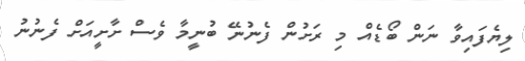
ލިޔެފައިވާ ނަން ބޯޑެއް މި ރަށުން ފެނުނޭ ބުނީމާ ވެސް ށާށީއަށް ފެނުނު